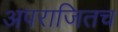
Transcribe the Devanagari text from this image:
अपराजितच